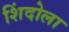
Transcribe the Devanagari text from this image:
शिंदोला